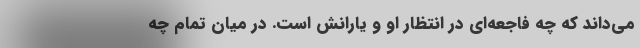
می‌داند که چه فاجعه‌ای در انتظار او و یارانش است. در میان تمام چه